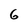
Character: 6